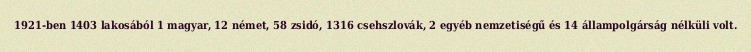
1921-ben 1403 lakosából 1 magyar, 12 német, 58 zsidó, 1316 csehszlovák, 2 egyéb nemzetiségű és 14 állampolgárság nélküli volt.